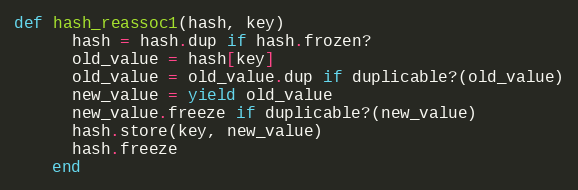
Language: Ruby
def hash_reassoc1(hash, key)
      hash = hash.dup if hash.frozen?
      old_value = hash[key]
      old_value = old_value.dup if duplicable?(old_value)
      new_value = yield old_value
      new_value.freeze if duplicable?(new_value)
      hash.store(key, new_value)
      hash.freeze
    end